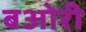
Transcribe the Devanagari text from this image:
बओरी